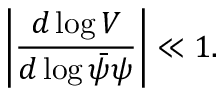
\left| \frac { d \log V } { d \log \bar { \psi } \psi } \right| \ll 1 .